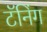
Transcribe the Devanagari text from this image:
टॅनिंग